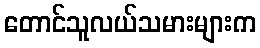
တောင်သူလယ်သမားများက